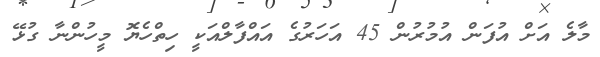
މާލެ އަށް އުފަން އުމުރުން 45 އަހަރުގެ އައްފާލްއަކީ ހިތްހެޔޮ މީހުންނާ ގުޅޭ